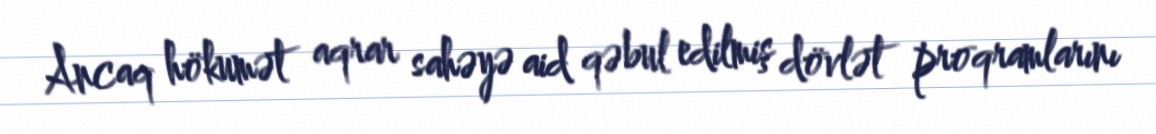
Ancaq hökumət aqrar sahəyə aid qəbul edilmiş dövlət proqramlarını